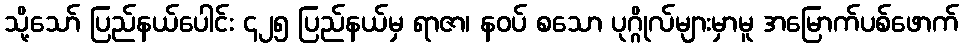
သို့သော် ပြည်နယ်ပေါင်း ၄၂၅ ပြည်နယ်မှ ရာဇာ၊ နဝပ် စသော ပုဂ္ဂိုလ်များမှာမူ အမြောက်ပစ်ဖောက်